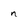
Character: n